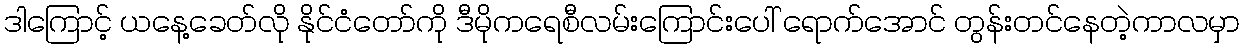
ဒါကြောင့် ယနေ့ခေတ်လို နိုင်ငံတော်ကို ဒီမိုကရေစီလမ်းကြောင်းပေါ် ရောက်အောင် တွန်းတင်နေတဲ့ကာလမှာ